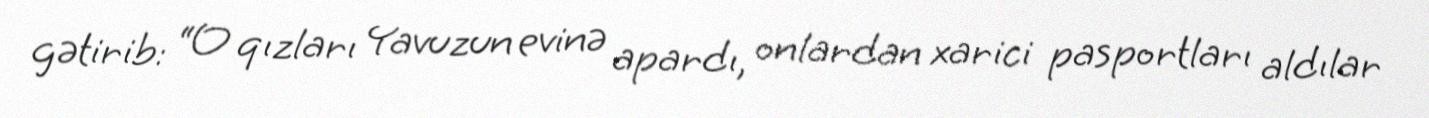
gətirib: “O qızları Yavuzun evinə apardı, onlardan xarici pasportları aldılar